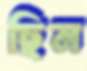
ছিন